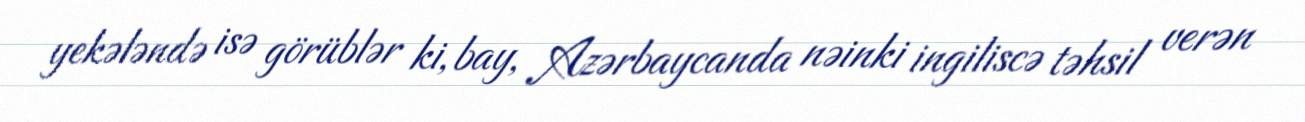
yekələndə isə görüblər ki, bay, Azərbaycanda nəinki ingiliscə təhsil verən